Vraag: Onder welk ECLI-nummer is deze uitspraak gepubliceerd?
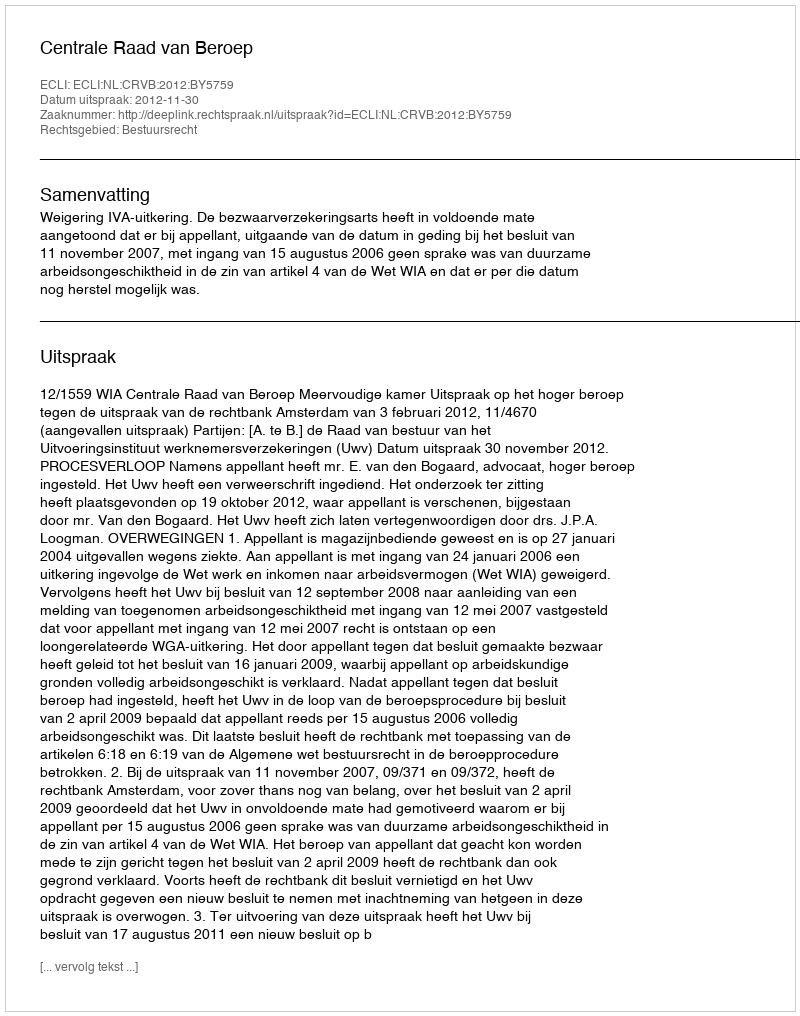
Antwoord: ECLI:NL:CRVB:2012:BY5759